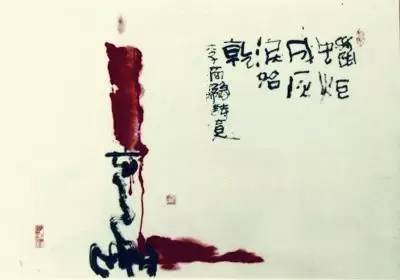
蓬山此去无多路，青鸟殷勤为探看。